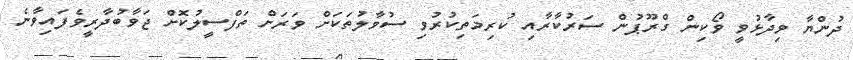
ދުންޔާ ވިދާޅުވީ ވޯކިން ގްރޫޕުން ސަރުކާރާއި ކުރިމަތިކުރުވި ސުވާލުތަކަށް ވަރަށް ތަފްސީލުކޮށް ޖަވާބުދާރީވެފައިވާނެ